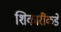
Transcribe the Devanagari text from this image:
शिकारींकडे